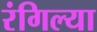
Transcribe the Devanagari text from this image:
रंगिल्या